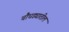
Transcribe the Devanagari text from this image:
चौघड्यातील